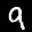
Label: 9